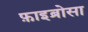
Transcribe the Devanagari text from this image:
फ़ाइब्रोसा